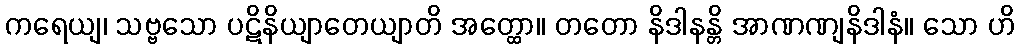
ကရေယျ၊ သဗ္ဗသော ပဋိနိယျာတေယျာတိ အတ္ထော။ တတော နိဒါနန္တိ အာဏဏျနိဒါနံ။ သော ဟိ